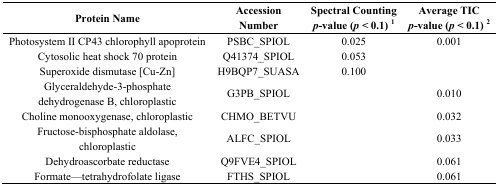
<table><thead><tr><td><b>Protein Name</b></td><td><b>Accession Number</b></td><td><b>Spectral Counting <i>p</i>-value (<i>p</i> &lt; 0.1) <sup>1</sup></b></td><td><b>Average TIC <i>p</i>-value (<i>p</i> &lt; 0.1) <sup>2</sup></b></td></tr></thead><tbody><tr><td>Photosystem II CP43 chlorophyll apoprotein</td><td>PSBC_SPIOL</td><td>0.025</td><td>0.001</td></tr><tr><td>Cytosolic heat shock 70 protein</td><td>Q41374_SPIOL</td><td>0.053</td><td></td></tr><tr><td>Superoxide dismutase [Cu-Zn]</td><td>H9BQP7_SUASA</td><td>0.100</td><td></td></tr><tr><td>Glyceraldehyde-3-phosphate dehydrogenase B, chloroplastic</td><td>G3PB_SPIOL</td><td></td><td>0.010</td></tr><tr><td>Choline monooxygenase, chloroplastic</td><td>CHMO_BETVU</td><td></td><td>0.032</td></tr><tr><td>Fructose-bisphosphate aldolase, chloroplastic</td><td>ALFC_SPIOL</td><td></td><td>0.033</td></tr><tr><td>Dehydroascorbate reductase</td><td>Q9FVE4_SPIOL</td><td></td><td>0.061</td></tr><tr><td>Formate—tetrahydrofolate ligase</td><td>FTHS_SPIOL</td><td></td><td>0.061</td></tr></tbody></table>